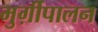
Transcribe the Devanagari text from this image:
मुर्ग़ीपालन